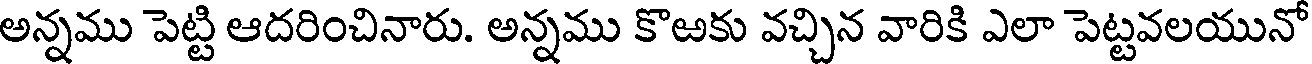
అన్నము పెట్టి ఆదరించినారు. అన్నము కొఱకు వచ్చిన వారికి ఎలా పెట్టవలయునో